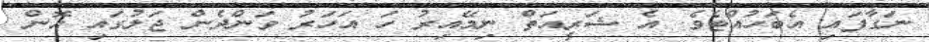
ނަގާފައި އެބަހުއްޓެވެ. އެ ޝަރީއަތް ނިމޭއިރު ހަ އަހަރު ވަންދެން ޖަލުގައި އޮން